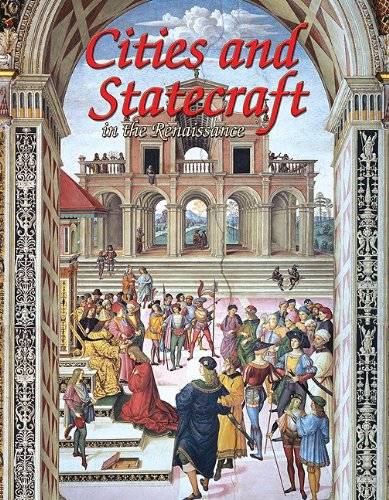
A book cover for Cities and Statecraft in the Renaissance (Renaissance World); Lizann Flatt; Children's Books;